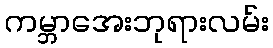
ကမ္ဘာအေးဘုရားလမ်း